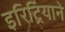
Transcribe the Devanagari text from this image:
इरिट्रियाने